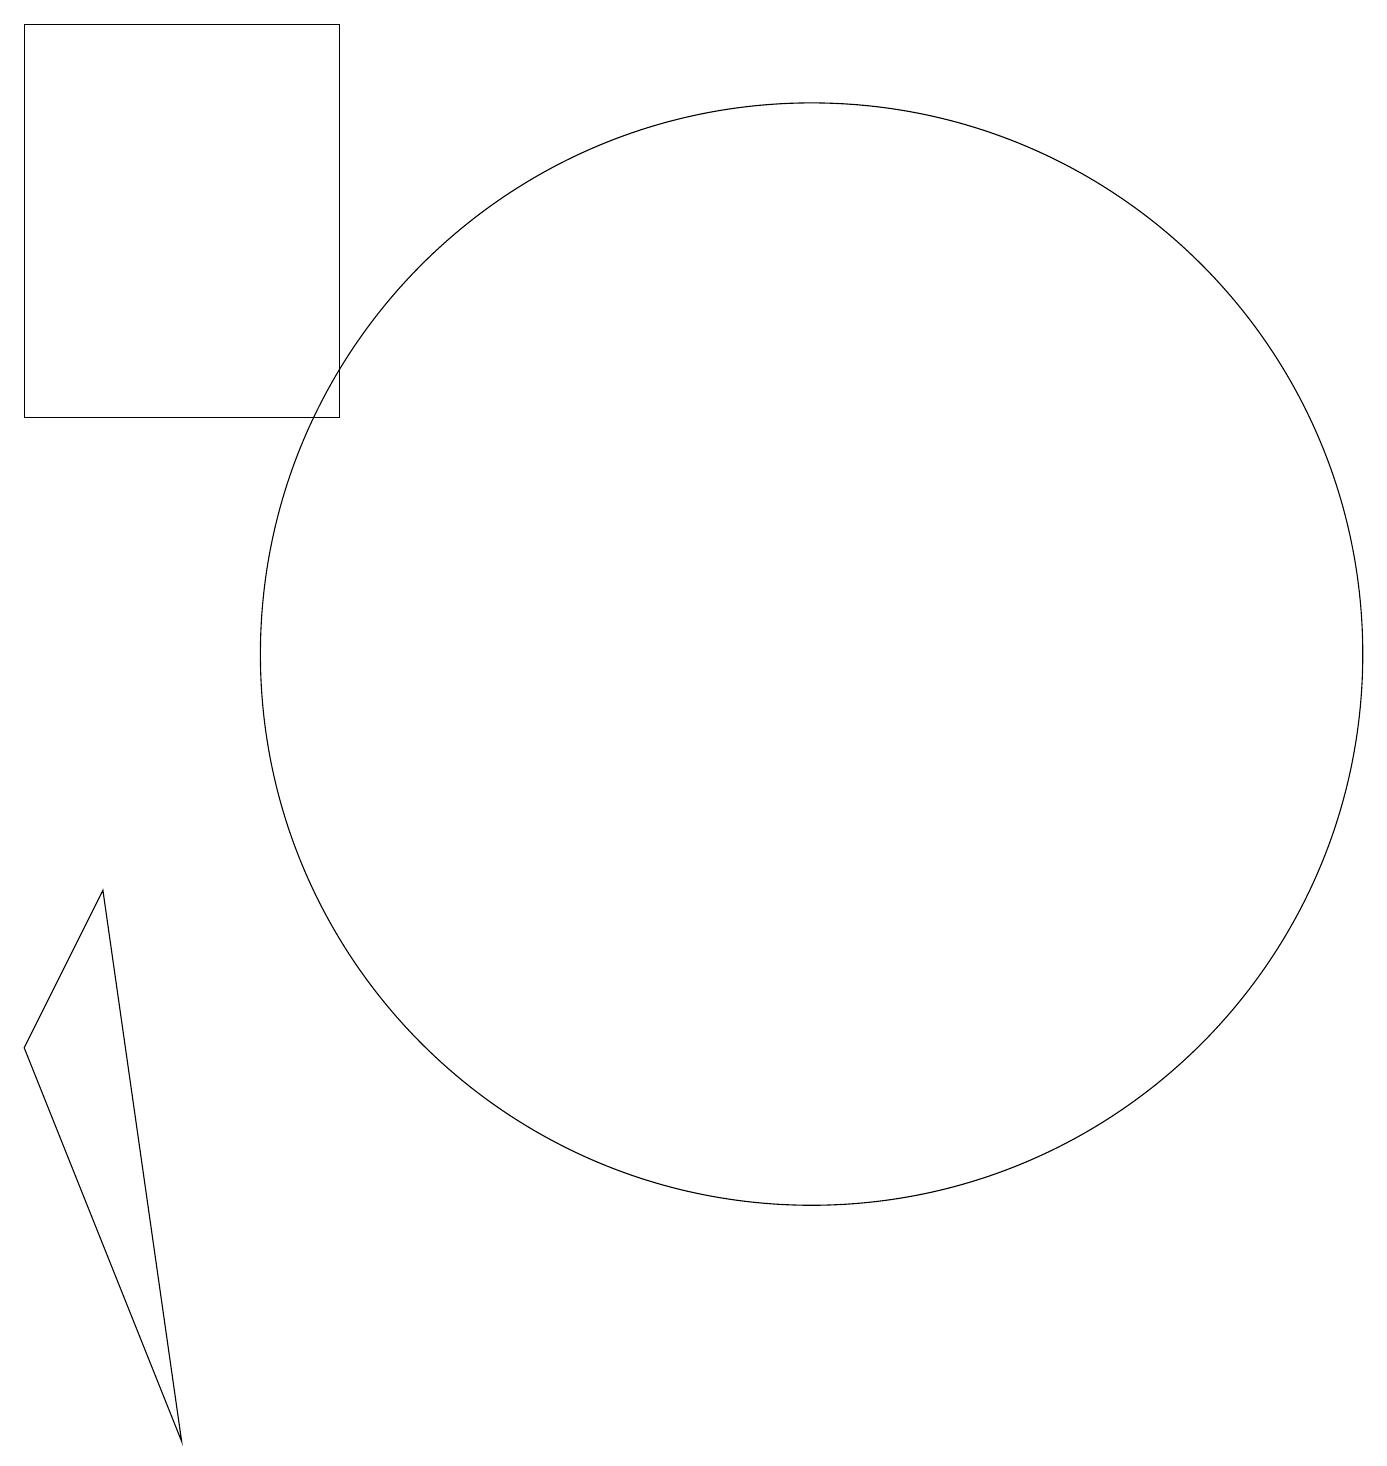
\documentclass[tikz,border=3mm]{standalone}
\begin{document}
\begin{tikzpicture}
\draw (3,1) -- (1,6) -- (2,8) -- cycle;
\draw (11,11) circle (7);
\draw (1,19) rectangle (5,14);
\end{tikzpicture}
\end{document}